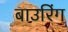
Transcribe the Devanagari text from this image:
बाउरिंग